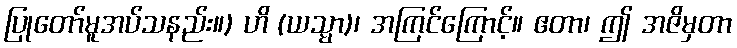
ပြုတော်မူအပ်သနည်း။) ဟိ (ယသ္မာ)၊ အကြင်ကြောင့်။ ဧတာ၊ ဤ အဇိမှတာ